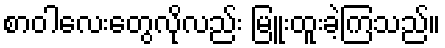
စာဝါလေးတွေလိုလည်း မြူးထူးခဲ့ကြသည်။